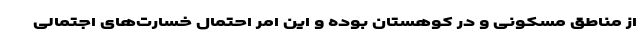
از مناطق مسکونی و در کوهستان بوده و این امر احتمال خسارت‌های اجتمالی